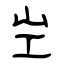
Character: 㞬